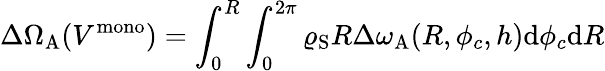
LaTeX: \Delta\Omega_{\mathrm{A}}(V^{\mathrm{mono}})=\int_{0}^{R}\int_{0}^{2\pi}\varrho_{\mathrm{S}}R\Delta\omega_{\mathrm{A}}(R,\phi_{c},h)\mathrm{d}\phi_{c}\mathrm{d}R